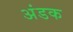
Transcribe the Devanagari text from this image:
अंडक